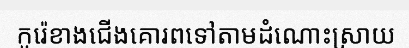
កូរ៉េខាងជើងគោរពទៅតាមដំណោះស្រាយ